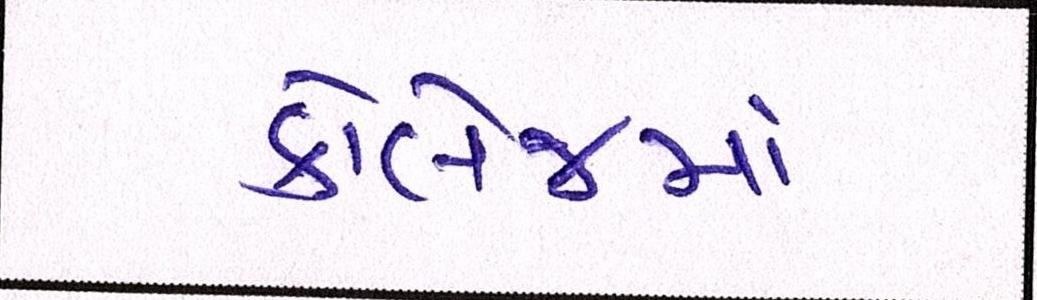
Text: કૉલેજમાં